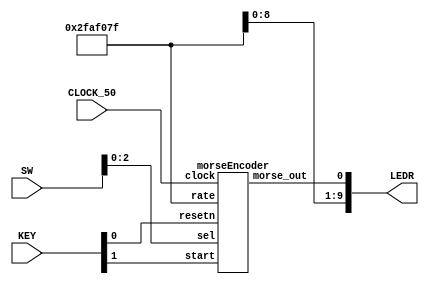
//SW[2:0]	letter input
//KEY[1]		start input
//KEY[0]		async reset input

//LEDR[0]	morse output

module lab5part3(input CLOCK_50, input[9:0] SW, input[3:0] KEY, output[9:0] LEDR);
	
	morseEncoder encoder(.rate(32'b00000010111110101111000001111111), .clock(CLOCK_50), .resetn(KEY[0]), .sel(SW[2:0]), .morse_out(LEDR[0]), .start(KEY[1]));
	
endmodule

module morseEncoder(input clock, resetn, start, input[31:0] rate, input[2:0] sel, output morse_out);
	wire[15:0] morseCode;
	wire rotate;
	wire[15:0] regOut;

	//morse LUT
	morseLUT mLut(.s(sel), .q(morseCode));
	
	//rate divider
	rateDivider32bit rateDiv(.s(rate), .enable(1'b1), .resetn(resetn), .clock(clock), .pulse(rotate));
	
	//shift register
	shift16bitRegister sreg(.data(morseCode), .aresetn(resetn), .parallelLoadn(start), .rotateLeft(rotate), .clock(clock), .reg_out(regOut));

	assign morse_out = regOut[15];
endmodule

//morse representation LUT
module morseLUT(input[2:0] s, output reg[15:0] q);
	always@(*)
		case(s)//16'b0000000000000000
			3'b000: q = {16'b1010000000000000};//i
			3'b001: q = {16'b1011101110111000};//j
			3'b010: q = {16'b1110101110000000};//k
			3'b011: q = {16'b1011101010000000};//l
			3'b100: q = {16'b1110111000000000};//m
			3'b101: q = {16'b1110111000000000};//n
			3'b110: q = {16'b1110111011100000};//o
			3'b111: q = {16'b1011101110100000};//p
		endcase
endmodule

//1hz: s=32'b00000010111110101111000001111111
//rate divider
module rateDivider32bit(input[31:0] s, input enable, resetn, clock, output pulse);
	reg[31:0] count;
	
	always @(posedge clock)
	begin
		if((resetn == 1'b0) | (count == 32'b0))
			count <= s;
		else if (enable == 1'b1)
			count <= count - 1;
	end
	
	assign pulse = (count == 32'b0) ? 1 : 0;
endmodule

//shift register
module shift16bitRegister(input[15:0] data, input aresetn, parallelLoadn, rotateLeft, clock, output[15:0] reg_out);

	// shift flip flop units [15:0]
	shiftFlipFlop u15(.shift(rotateLeft), .d(data[15]), .aresetn(aresetn), .loadn(parallelLoadn), .clock(clock), .right(reg_out[14]), .q(reg_out[15]));
	shiftFlipFlop u14(.shift(rotateLeft), .d(data[14]), .aresetn(aresetn), .loadn(parallelLoadn), .clock(clock), .right(reg_out[13]), .q(reg_out[14]));
	shiftFlipFlop u13(.shift(rotateLeft), .d(data[13]), .aresetn(aresetn), .loadn(parallelLoadn), .clock(clock), .right(reg_out[12]), .q(reg_out[13]));
	shiftFlipFlop u12(.shift(rotateLeft), .d(data[12]), .aresetn(aresetn), .loadn(parallelLoadn), .clock(clock), .right(reg_out[11]), .q(reg_out[12]));
	shiftFlipFlop u11(.shift(rotateLeft), .d(data[11]), .aresetn(aresetn), .loadn(parallelLoadn), .clock(clock), .right(reg_out[10]), .q(reg_out[11]));
	shiftFlipFlop u10(.shift(rotateLeft), .d(data[10]), .aresetn(aresetn), .loadn(parallelLoadn), .clock(clock), .right(reg_out[9]), .q(reg_out[10]));
	shiftFlipFlop u9(.shift(rotateLeft), .d(data[9]), .aresetn(aresetn), .loadn(parallelLoadn), .clock(clock), .right(reg_out[8]), .q(reg_out[9]));
	shiftFlipFlop u8(.shift(rotateLeft), .d(data[8]), .aresetn(aresetn), .loadn(parallelLoadn), .clock(clock), .right(reg_out[7]), .q(reg_out[8]));
	shiftFlipFlop u7(.shift(rotateLeft), .d(data[7]), .aresetn(aresetn), .loadn(parallelLoadn), .clock(clock), .right(reg_out[6]), .q(reg_out[7]));
	shiftFlipFlop u6(.shift(rotateLeft), .d(data[6]), .aresetn(aresetn), .loadn(parallelLoadn), .clock(clock), .right(reg_out[5]), .q(reg_out[6]));
	shiftFlipFlop u5(.shift(rotateLeft), .d(data[5]), .aresetn(aresetn), .loadn(parallelLoadn), .clock(clock), .right(reg_out[4]), .q(reg_out[5]));
	shiftFlipFlop u4(.shift(rotateLeft), .d(data[4]), .aresetn(aresetn), .loadn(parallelLoadn), .clock(clock), .right(reg_out[3]), .q(reg_out[4]));
	shiftFlipFlop u3(.shift(rotateLeft), .d(data[3]), .aresetn(aresetn), .loadn(parallelLoadn), .clock(clock), .right(reg_out[2]), .q(reg_out[3]));
	shiftFlipFlop u2(.shift(rotateLeft), .d(data[2]), .aresetn(aresetn), .loadn(parallelLoadn), .clock(clock), .right(reg_out[1]), .q(reg_out[2]));
	shiftFlipFlop u1(.shift(rotateLeft), .d(data[1]), .aresetn(aresetn), .loadn(parallelLoadn), .clock(clock), .right(reg_out[0]), .q(reg_out[1]));
	shiftFlipFlop u0(.shift(rotateLeft), .d(data[0]), .aresetn(aresetn), .loadn(parallelLoadn), .clock(clock), .right(1'b0), .q(reg_out[0]));
endmodule

//shift flip flop
module shiftFlipFlop(input shift, d, loadn, clock, aresetn, right, output reg q);
	//load value into flip flop
	always @(posedge clock, negedge aresetn)
		if(aresetn == 1'b0)
			q <= 1'b0;
		else if (loadn == 1'b0)
			q <= d;
		else if (shift == 1'b1)
			q <= right;
endmodule